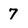
Character: 7